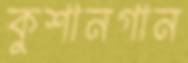
কুশানগান